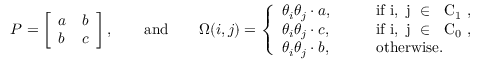
P = \left[ \begin{array} { l l } { a } & { b } \\ { b } & { c } \end{array} \right] , \qquad \mathrm { a n d } \qquad \Omega ( i , j ) = \left\{ \begin{array} { l l } { \theta _ { i } \theta _ { j } \cdot a , } & { \qquad \mathrm { i f ~ i , ~ j ~ \in ~ { \cal ~ C } _ 1 ~ } , } \\ { \theta _ { i } \theta _ { j } \cdot c , } & { \qquad \mathrm { i f ~ i , ~ j ~ \in ~ { \cal ~ C } _ 0 ~ } , } \\ { \theta _ { i } \theta _ { j } \cdot b , } & { \qquad \mathrm { o t h e r w i s e } . } \end{array} \right.